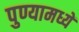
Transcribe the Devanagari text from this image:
पुण्यामध्यें